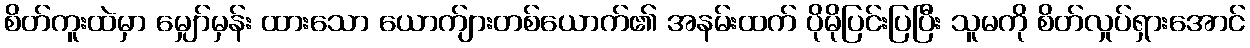
စိတ်ကူးထဲမှာ မျှော်မှန်း ထားသော ယောက်ျားတစ်ယောက်၏ အနမ်းထက် ပိုမိုပြင်းပြပြီး သူမကို စိတ်လှုပ်ရှားအောင်